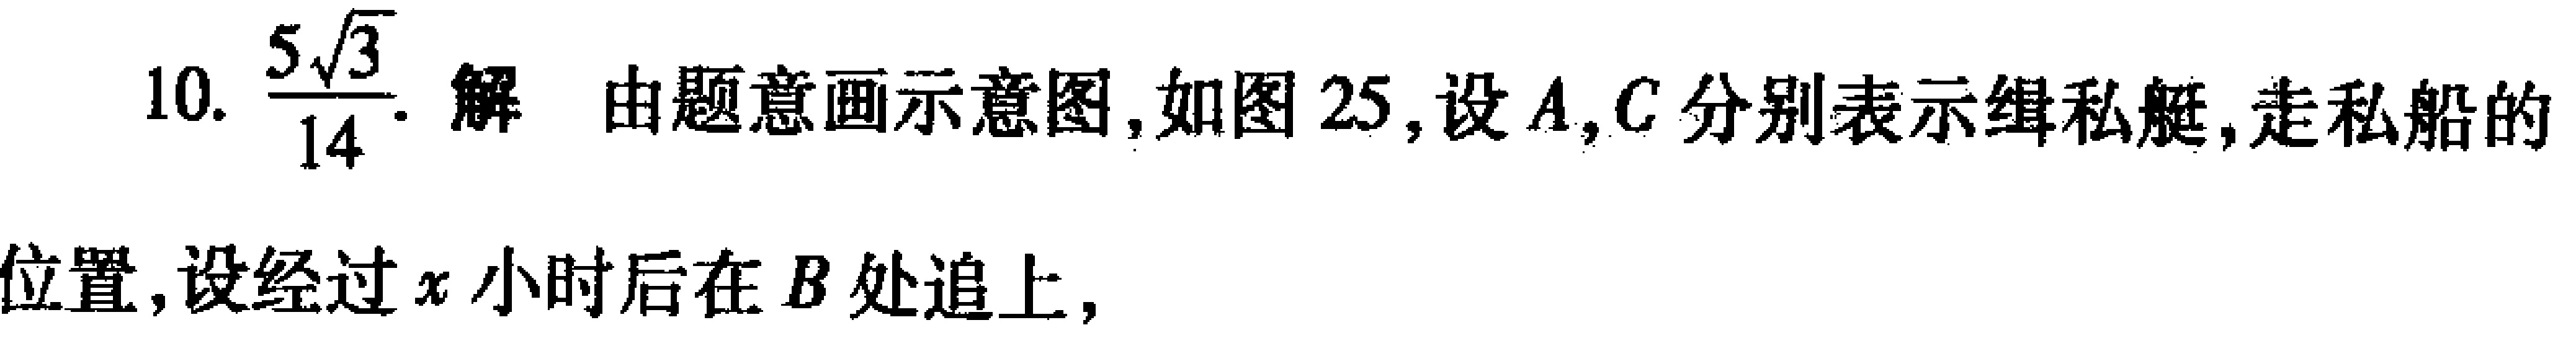
10. $\frac{5\sqrt{3}}{14}$. 解 由题意画示意图,如图 25,设$A,C$分别表示缉私艇,走私船的
位置,设经过$x$小时后在$B$处追上,